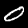
Label: 0